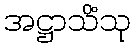
အဋ္ဌာသိံသု